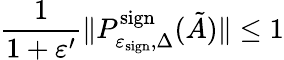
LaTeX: \frac{1}{1+\varepsilon^{\prime}}\| P_{\varepsilon_{\mathrm{sign}},\Delta}^{\mathrm{sign}}(\tilde{A})\| \leq 1